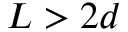
L > 2 d